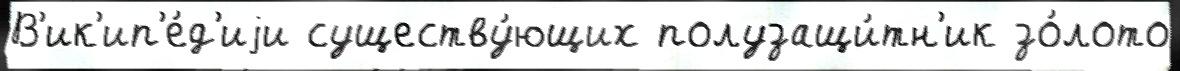
В'ик'ип'е́д'иjи существу́ющих полузащи́тн'ик зо́лото